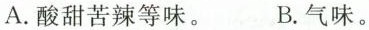
A.酸甜苦辣等味， B.气味。